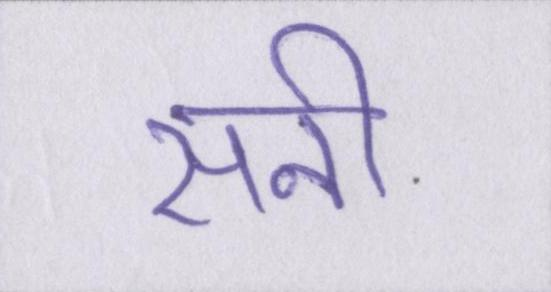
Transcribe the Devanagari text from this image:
सनी